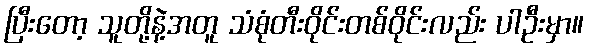
ပြီးတော့ သူတို့နဲ့အတူ သံစုံတီးဝိုင်းတစ်ဝိုင်းလည်း ပါဦးမှာ။